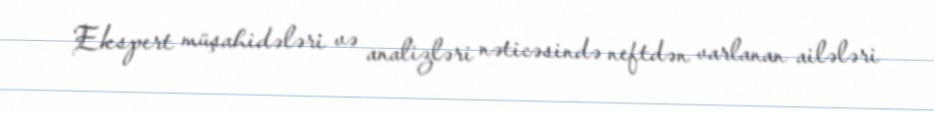
Ekspert müşahidələri və analizləri nəticəsində neftdən varlanan ailələri